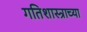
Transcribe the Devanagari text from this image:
गतिशास्त्राच्या